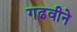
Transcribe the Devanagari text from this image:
गढवीने